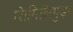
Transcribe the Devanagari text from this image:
सिमिलिगुड़ा